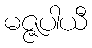
မဇ္ဇပါယီ